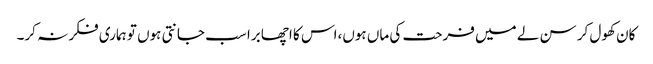
کان کھول کر سن لے میں فرحت کی ماں ہوں،اس کا اچھا برا سب جانتی ہوں تو ہماری فکر نہ کر۔